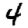
Digit: 4